Burma Government Medical School reports 1923-41
Year: 1923
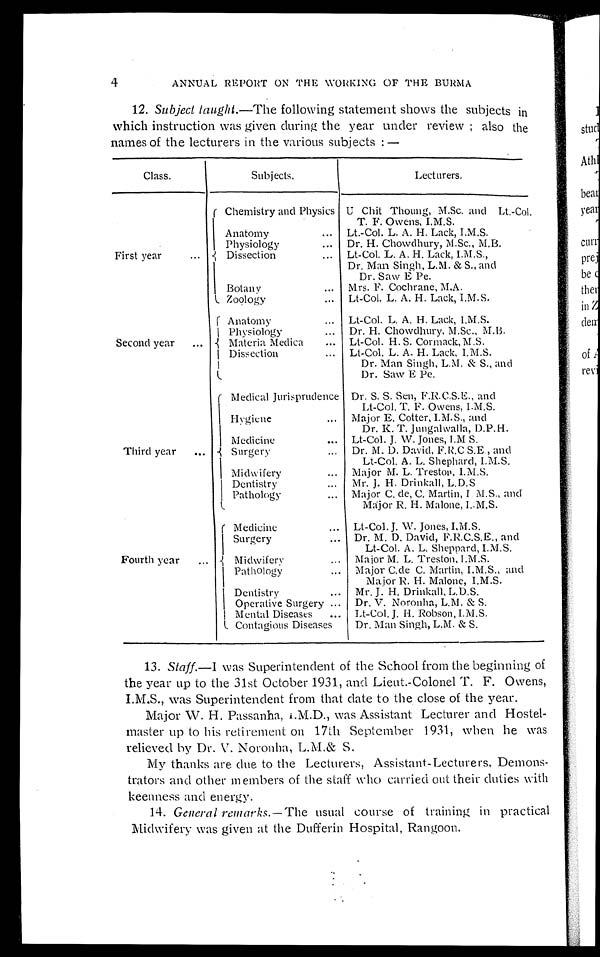
4
ANNUAL REPORT ON THE WORKING OF THE BURMA
12. Subject laught.— The following statement shows the subjects in
which instruction was given during the year under review; also the
names of the lecturers in the various subjects:—
Class.
Subjects.
Lecturers.
First year . . .
Chemistry and Physics
U Chit Thoung, M.Sc. and Lt.-Col.
T. F. Owens, I.M.S.
Anatomy . . .
Lt.-Col. L. A. H. Lack, I.M.S.
Physiology . . .
Dr. H. Chowdhury, M.Sc., M.B.
Dissection . . .
Lt-Col. L. A. H. Lack, I.M.S.,
Dr. Man Singh, L.M. & S., and
Dr. Saw E Pe.
Botany . . .
Mrs. F. Cochrane, M.A.
Zoology . . .
Lt-Col. L. A. H. Lack, I.M.S.
Second year . . .
Anatomy . . .
Lt-Col. L. A. H. Lack, I.M.S.
Physiology . . .
Dr. H. Chowdhury. M.Sc., M.B.
Materia Medica . . .
Lt-Col. H. S. Cormack, M.S.
Dissection . . .
Lt-Col. L. A. H. Lack, I.M.S.
Dr. Man Singh, L.M. & S., and
Dr. Saw E Pe.
Third year . . .
Medical Jurisprudence
Dr. S. S. Sen, F.R.C.S.E., and
Lt-Col. T. F. Owens, I.M.S.
Hygiene . . .
Major E. Cotter, I.M.S., and
Dr. K. T. Jungalwalla, D.P.H.
Medicine . . .
Lt-Col. J. W. Jones, I.M S.
Surgery . . .
Dr. M. D. David, F.R.C.S.E., and
Lt-Col. A. L. Shephard, I.M.S.
Midwifery . . .
Major M. L. Treston, I.M.S.
Dentistry . . .
Mr. J. H. Drinkall, L.D.S
Pathology
.
Major C. de, C. Martin, I M.S., and
Major R H. Malone, I..M.S.
Fourth year . . .
Medicine . . .
Lt-Col. J. W. Jones, I,M.S.
Surgery . . .
Dr. M. D. David, F.R.C.S.E., and
Lt-Col. A. L. Sheppard, I.M.S.
Midwifery . . .
Major M. L. Treston, I.M.S.
Pathology . . .
Major C.de C. Martin, I.M.S., and
Major P. H. Malone, I.M.S.
Dentistry . . .
Mr. J. H. Drinkall, L.D.S.
Operative Surgery . . .
Dr. V. Noronha, L.M. & S.
Mental Diseases . . .
Lt-Col. J. H. Robson, I.M.S.
Contagious Diseases
Dr. Man Singh, L.M. & S .
13. Staff.— I was Superintendent of the School from the beginning of
the year up to the 31st October 1931, and Lieut.-Colonel T. F. Owens,
I.M.S., was Superintendent from that date to the close of the year.
Major W. H. Passanha, I.M.D., was Assistant Lecturer and Hostel
- m a s t e r u p t o h i s r e t i r e m e n t o n 1 7 t h S e p t e m b e r 1 9 3 1 , w h e n h e w a s
relieved by Dr. V. Noronha, L.M.& S.
My thanks are due to the Lecturers, Assistant-Lecturers, Demons-
- t r a t o r s a n d o t h e r i n e m b e r s o f t h e s t a f f w h o c a r r i e d o u t t h e i r d u t i e s w i t h
keenness and energy.
14. General remarks.— The usual course of training in practical
Midwifery was given at the Dufferin Hospital, Rangoon.